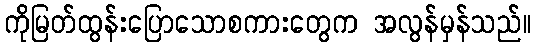
ကိုမြတ်ထွန်းပြောသောစကားတွေက အလွန်မှန်သည်။